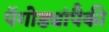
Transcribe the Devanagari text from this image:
पॅगोड्यांपैकी